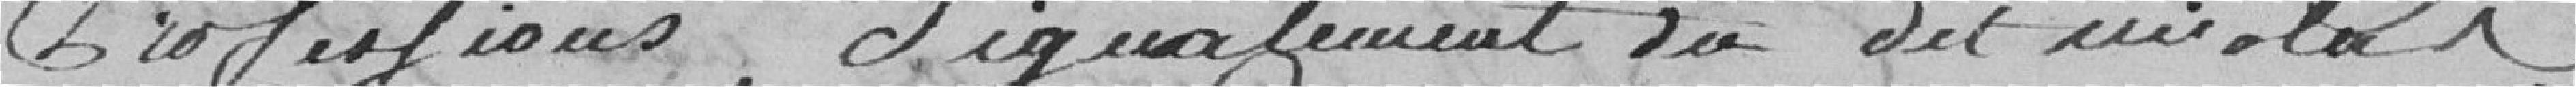
profession, signalement du dit Nicolas